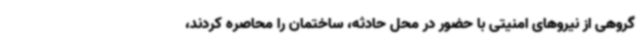
گروهی از نیروهای امنیتی با حضور در محل حادثه، ساختمان را محاصره کردند،